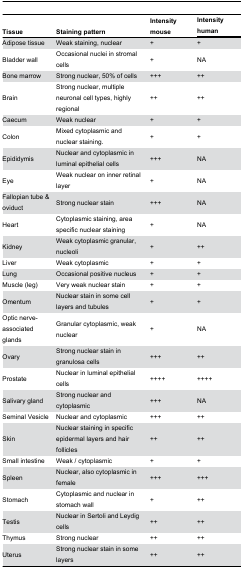
<table><thead><tr><td><b>Tissue</b></td><td><b>Staining pattern</b></td><td><b>Intensity mouse</b></td><td><b>Intensity human</b></td></tr></thead><tbody><tr><td>Adipose tissue</td><td>Weak staining, nuclear</td><td>+</td><td>+</td></tr><tr><td>Bladder wall</td><td>Occasional nuclei in stromal cells</td><td>+</td><td>NA</td></tr><tr><td>Bone marrow</td><td>Strong nuclear, 50% of cells</td><td>+++</td><td>++</td></tr><tr><td>Brain</td><td>Strong nuclear, multiple neuronal cell types, highly regional</td><td>++</td><td>++</td></tr><tr><td>Caecum</td><td>Weak nuclear</td><td>+</td><td>+</td></tr><tr><td>Colon</td><td>Mixed cytoplasmic and nuclear staining.</td><td>+</td><td>+</td></tr><tr><td>Epididymis</td><td>Nuclear and cytoplasmic in luminal epithelial cells</td><td>+++</td><td>NA</td></tr><tr><td>Eye</td><td>Weak nuclear on inner retinal layer</td><td>+</td><td>NA</td></tr><tr><td>Fallopian tube &amp; oviduct</td><td>Strong nuclear stain</td><td>+++</td><td>NA</td></tr><tr><td>Heart</td><td>Cytoplasmic staining, area specific nuclear staining</td><td>+</td><td>NA</td></tr><tr><td>Kidney</td><td>Weak cytoplasmic granular, nucleoli</td><td>+</td><td>++</td></tr><tr><td>Liver</td><td>Weak cytoplasmic</td><td>+</td><td>+</td></tr><tr><td>Lung</td><td>Occasional positive nucleus</td><td>+</td><td>+</td></tr><tr><td>Muscle (leg)</td><td>Very weak nuclear stain</td><td>+</td><td>+</td></tr><tr><td>Omentum</td><td>Nuclear stain in some cell layers and tubules</td><td>+</td><td>+</td></tr><tr><td>Optic nerve-associated glands</td><td>Granular cytoplasmic, weak nuclear</td><td>+</td><td>NA</td></tr><tr><td>Ovary</td><td>Strong nuclear stain in granulosa cells</td><td>+++</td><td>++</td></tr><tr><td>Prostate</td><td>Nuclear in luminal epithelial cells</td><td>++++</td><td>++++</td></tr><tr><td>Salivary gland</td><td>Strong nuclear and cytoplasmic</td><td>+++</td><td>NA</td></tr><tr><td>Seminal Vesicle</td><td>Nuclear and cytoplasmic</td><td>+++</td><td>++</td></tr><tr><td>Skin</td><td>Nuclear staining in specific epidermal layers and hair follicles</td><td>++</td><td>++</td></tr><tr><td>Small intestine</td><td>Weak / cytoplasmic</td><td>+</td><td>+</td></tr><tr><td>Spleen</td><td>Nuclear, also cytoplasmic in female</td><td>+++</td><td>+++</td></tr><tr><td>Stomach</td><td>Cytoplasmic and nuclear in stomach wall</td><td>+</td><td>++</td></tr><tr><td>Testis</td><td>Nuclear in Sertoli and Leydig cells</td><td>++</td><td>++</td></tr><tr><td>Thymus</td><td>Strong nuclear</td><td>++</td><td>++</td></tr><tr><td>Uterus</td><td>Strong nuclear stain in some layers</td><td>++</td><td>++</td></tr></tbody></table>